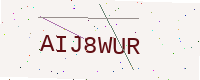
Text: AIJ8WUR